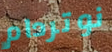
نوتردام